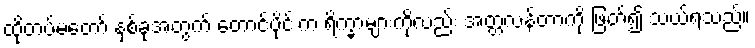
ထိုတပ်မတော် နှစ်ခုအတွက် တောင်ပိုင်းက ရိက္ခာများကိုလည်း အတ္တလန်တာကို ဖြတ်၍ သယ်ရသည်။